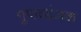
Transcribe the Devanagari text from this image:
गुणव्यंजक